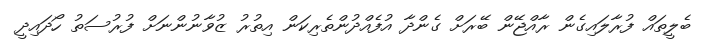
ބެލީތައް ފުރާލައިގެން ރާއްޖޭން ބޭރަށް ގެންދާ އުފެއްދުންތެރިކަން އިތުުރު ޒުވާނުންނަށް ފުރުސަތު ހޯދައިދީ